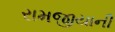
રામજીયાની